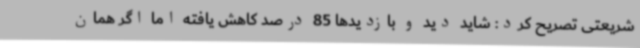
شریعتی تصریح کرد: شاید دید و بازدیدها 85 درصد کاهش یافته اما اگر همان